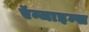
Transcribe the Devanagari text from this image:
ऍन्जाइम्स